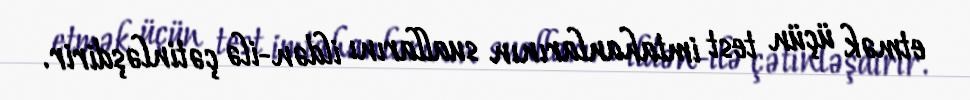
etmək üçün test imtahanlarının suallarını ildən-ilə çətinləşdirir.